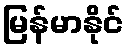
မြန်မာနိုင်